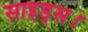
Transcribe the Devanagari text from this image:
साइड्स।